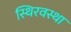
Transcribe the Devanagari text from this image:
स्थिरवस्था